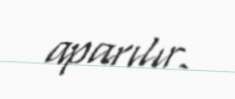
aparılır.